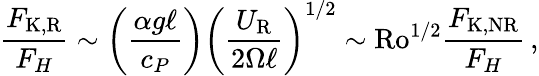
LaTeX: \frac{F_{\mathrm{K,R}}}{F_{H}}\sim\left(\frac{\alpha g\ell}{c_{P}}\right)\left(\frac{U_{\mathrm{R}}}{2\Omega\ell}\right)^{1/2}\sim\mathrm{Ro}^{1/2}\frac{F_{\mathrm{K,NR}}}{F_{H}}\, ,